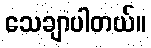
သေချာပါတယ်။